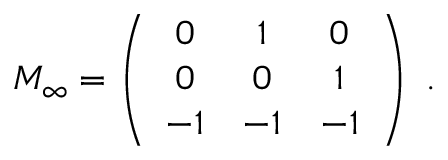
{ \cal M } _ { \infty } = \left( \begin{array} { c c c } { { 0 } } & { { 1 } } & { { 0 } } \\ { { 0 } } & { { 0 } } & { { 1 } } \\ { { - 1 } } & { { - 1 } } & { { - 1 } } \end{array} \right) \ .